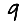
Digit: 9